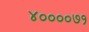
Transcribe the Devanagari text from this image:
४००००७१